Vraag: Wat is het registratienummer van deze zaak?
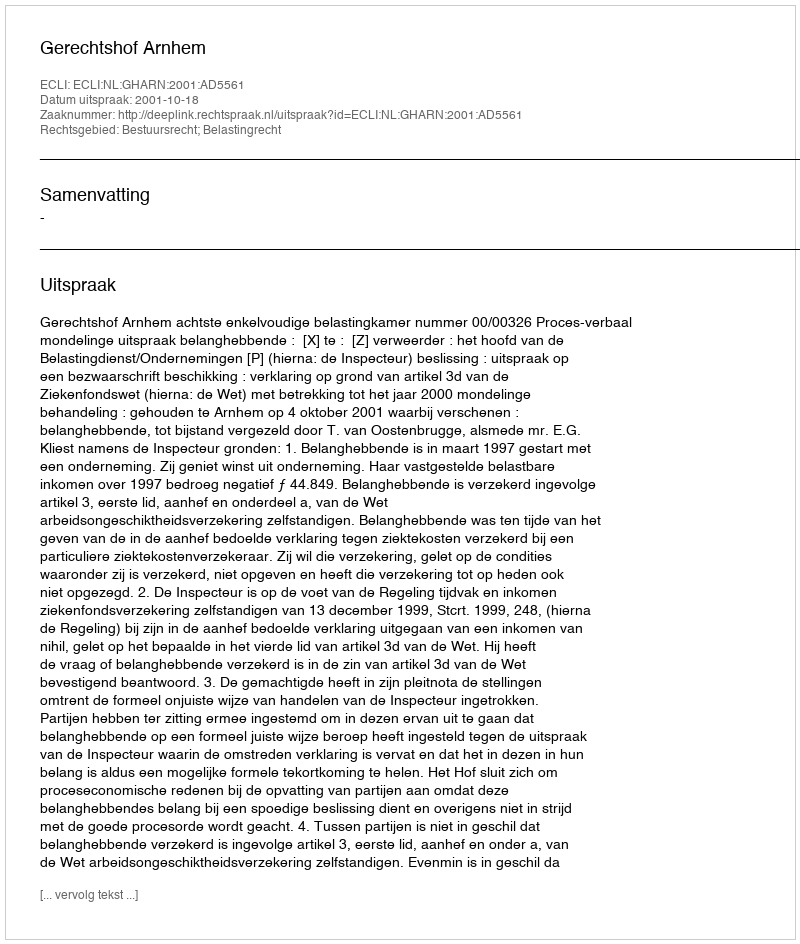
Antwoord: http://deeplink.rechtspraak.nl/uitspraak?id=ECLI:NL:GHARN:2001:AD5561